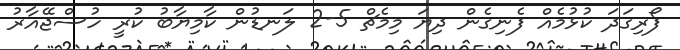
ފޯރިގަދަ ކުޅުމެއް ފެނިގެން ދިޔަ މިމެޗް 5-2 ލަނޑުން ކާމިޔާބު ކުރީ ހުސްޖޭއާރު